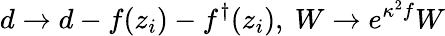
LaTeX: d\rightarrow d-f(z_{i})-f^{\dagger}(z_{i}),~W\rightarrow e^{\kappa^{2}f}W